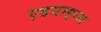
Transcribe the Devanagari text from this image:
एडमाइरल